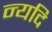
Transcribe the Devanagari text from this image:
न्यदि